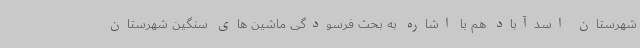
شهرستان اسدآباد هم با اشاره به بحث فرسودگی ماشین های سنگین شهرستان